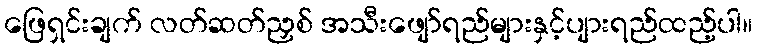
ဖြေရှင်းချက် လတ်ဆတ်ညှစ် အသီးဖျော်ရည်များနှင့်ပျားရည်ထည့်ပါ။